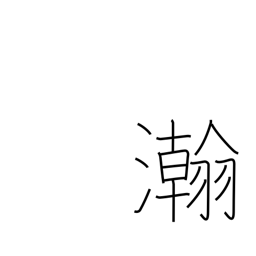
Meaning: wide & large